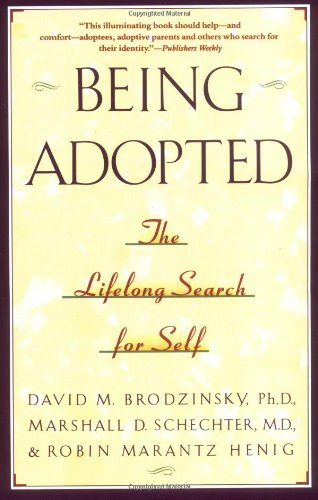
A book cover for Being Adopted: The Lifelong Search for Self (Anchor Book); David M. Brodzinsky; Parenting & Relationships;